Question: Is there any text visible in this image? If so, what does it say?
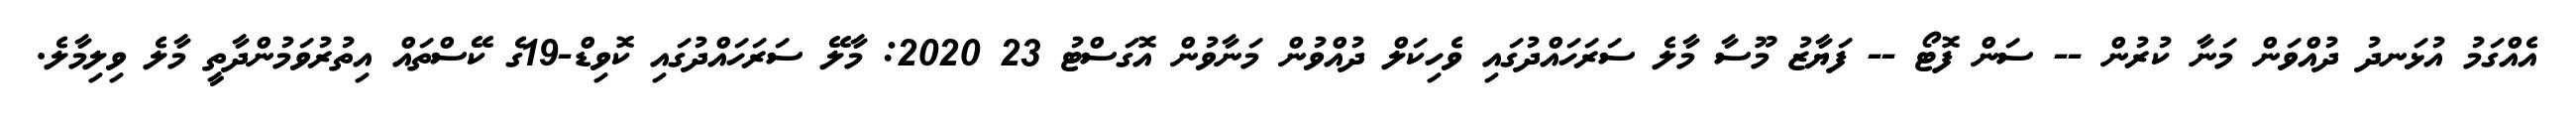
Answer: އެއްގަމު އުޅަނދު ދުއްވަން މަނާ ކުރުން -- ސަން ފޮޓޯ -- ފަޔާޒު މޫސާ މާލެ ސަރަހައްދުގައި ވެހިކަލް ދުއްވުން މަނާވުން އޮގަސްޓު 23 2020: މާލޭ ސަރަހައްދުގައި ކޮވިޑް-19ގެ ކޭސްތައް އިތުރުވަމުންދާތީ މާލެ ވިލިމާލެ.